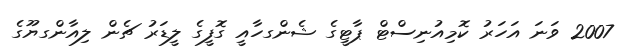
2007 ވަނަ އަހަރު ކޮމިއުނިސްޓް ޕާޓީގެ ޝެންގހާއީ ގޮފީގެ ލީޑަރު ޗެން ލިއާންގޔޫގެ